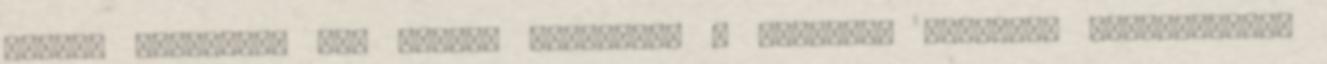
többek részéről. Dr. Tuboly Marianna: A szavazás módjával kapcsolatban